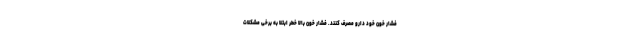
فشار خون خود دارو مصرف کنند. فشار خون بالا خطر ابتلا به برخی مشکلات